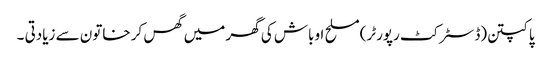
پاکپتن(ڈسٹر کٹ رپورٹر)مسلح اوباش کی گھر میں گھس کر خاتون سے زیادتی ۔